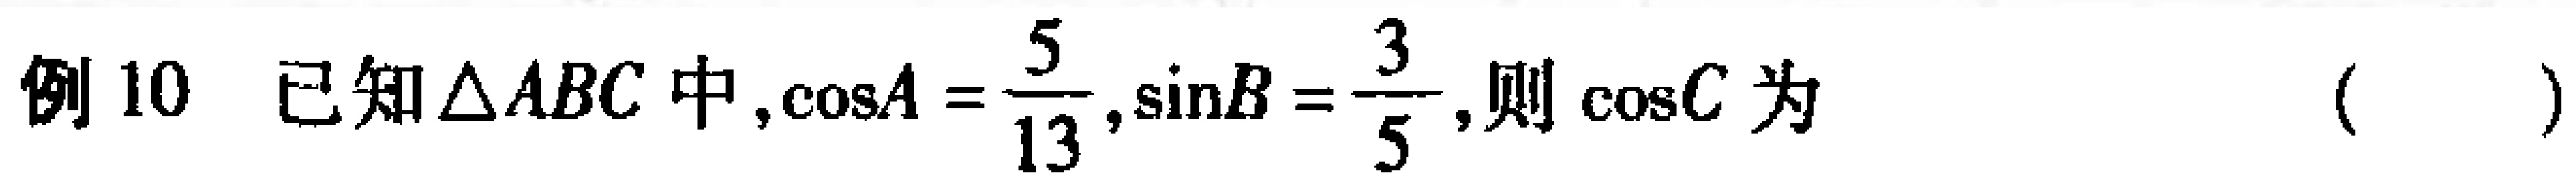
例10 已知$\triangle ABC$中,$\cos A = \dfrac{5}{13},\sin B = \dfrac{3}{5}$,则$\cos C$为 （  ）